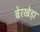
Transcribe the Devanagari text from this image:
बेरखेड़ा